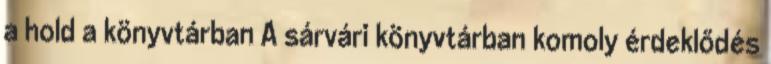
a hold a könyvtárban A sárvári könyvtárban komoly érdeklődés